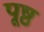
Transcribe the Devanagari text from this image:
पूष्ठ